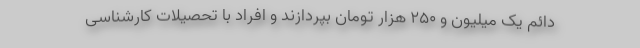
دائم یک میلیون و 250 هزار تومان بپردازند و افراد با تحصیلات کارشناسی